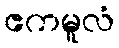
ဧကမူလံ